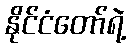
နိုင်ငံတော်ရဲ့